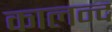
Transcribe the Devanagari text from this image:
कालन्द